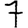
Digit: 7